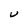
Character: U